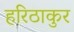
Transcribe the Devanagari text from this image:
हरिठाकुर